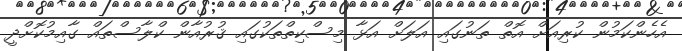
އެހެންކަމުން ކުރިއަށް އޮތް ތަނުގައި އަލަށް އަޅާ މިސްކިތްތަކުގައި ޤުރުއާން ކްލާސްތައް ގާއިމުކޮށްދީ